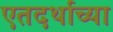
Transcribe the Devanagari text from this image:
एतदर्थाच्या